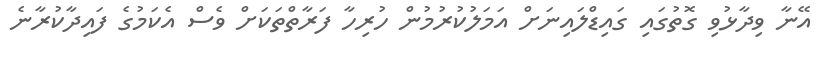
އޭނާ ވިދާޅުވި ގޮތުގައި ގައިޑްލައިނަށް އަމަލުކުރުމުން ހުރިހާ ފަރާތްތަކަށް ވެސް އެކަމުގެ ފައިދާކުރާނެ